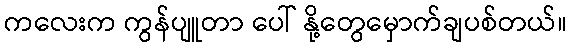
ကလေးက ကွန်ပျူတာ ပေါ် နို့တွေမှောက်ချပစ်တယ်။